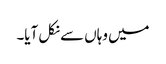
میں وہاں سے نکل آیا۔